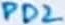
Text: PD2